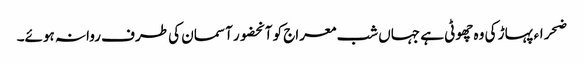
ضحراء پہاڑ کی وہ چھوٹی ہے جہاں شب معراج کو آنحضور آسمان کی طرف روانہ ہوئے۔